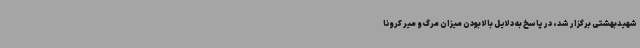
شهیدبهشتی برگزار شد، در پاسخ به دلایل بالا بودن میزان مرگ و میر کرونا